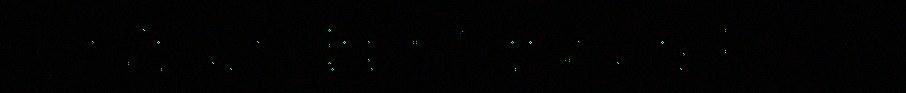
jali ålgoduvvá, ij gåsik besa